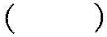
()